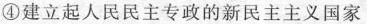
④建立起人民民主专政的新民主主义国家